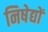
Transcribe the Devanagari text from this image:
निषेद्यों